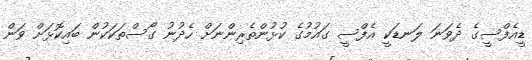
ޑީއެފްސީގެ ދެވަނަ ލަނޑަކީ އެފްސީ ގައުމުގެ ކުޅުންތެރިންނަށް ހެދުނު ގޯސްތަކަކުން ބައިކޮޅަށް ވަން